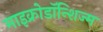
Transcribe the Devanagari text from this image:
माइक्रोडॉन्शिज्म